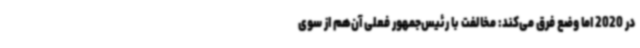
در 2020 اما وضع فرق می‌کند: مخالفت با رئیس‌جمهور فعلی آن‌هم از سوی